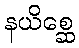
နယိစ္ဆေ